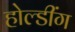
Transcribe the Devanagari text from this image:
होल्डींग